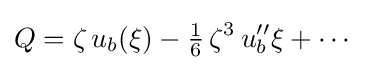
Q=\zeta \,u_{b}(\xi )-{\tfrac {1}{6}}\,\zeta ^{3}\,u_{b}''{\xi }+\cdots